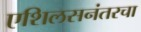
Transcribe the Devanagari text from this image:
एशिलसनंतरचा